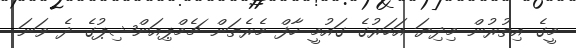
މީގެ އިތުރުން މިދިޔަ އަހަރުގެ ގައުމީ ހާފް މެރެތަން ޗެމްޕިއަންޝިޕުގެ ދެ ވަނަ